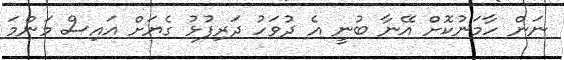
ނަން ހާމަނުކޮށް އޭނާ ބުނީ އެ ދުވަހު ދަރިފުޅު ގެޔަށް އައިސް މަންމަ